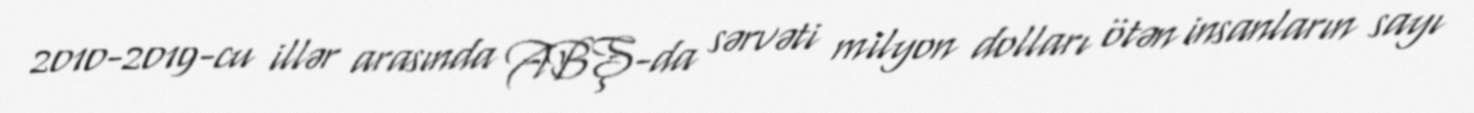
2010-2019-cu illər arasında ABŞ-da sərvəti milyon dolları ötən insanların sayı